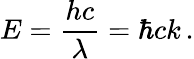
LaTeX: E={\frac{hc}{\lambda}}=\hbar ck\, .